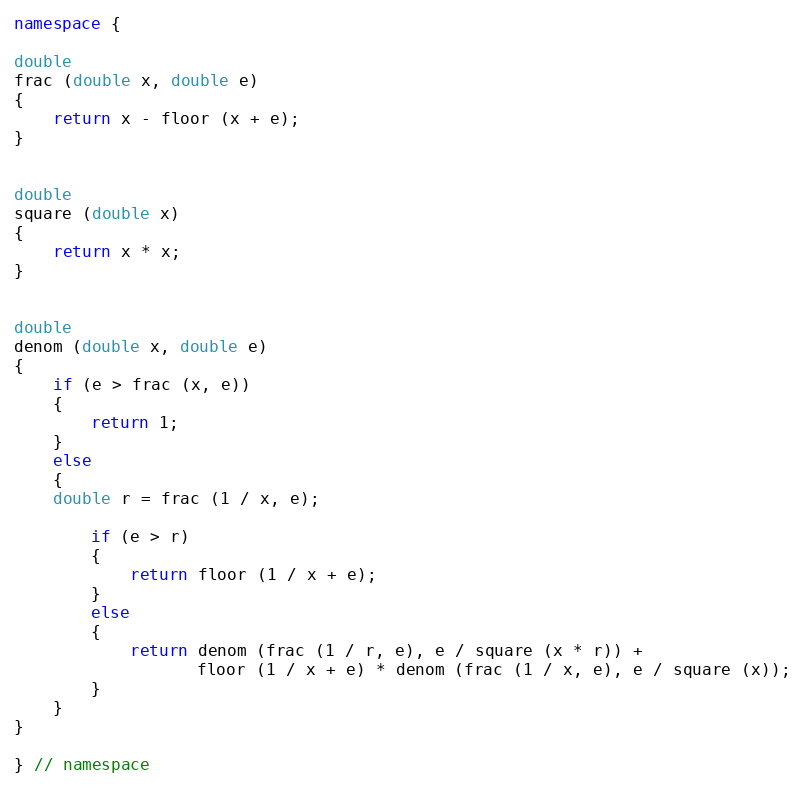
Language: C++
namespace {

double
frac (double x, double e)
{
    return x - floor (x + e);
}

double
square (double x)
{
    return x * x;
}

double
denom (double x, double e)
{
    if (e > frac (x, e))
    {
        return 1;
    }
    else
    {
	double r = frac (1 / x, e);

        if (e > r)
        {
            return floor (1 / x + e);
        }
        else
        {
            return denom (frac (1 / r, e), e / square (x * r)) +
                   floor (1 / x + e) * denom (frac (1 / x, e), e / square (x));
        }
    }
}

} // namespace